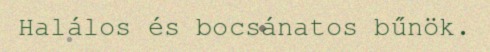
Halálos és bocsánatos bűnök.